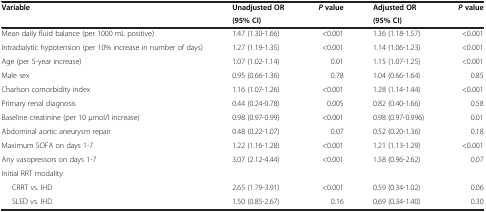
| <ROWSPAN=2> Variable | Unadjusted OR | <ROWSPAN=2> Pvalue | Adjusted OR | <ROWSPAN=2> Pvalue |
 | (95% CI) | (95% CI) |
 | --- | --- | --- | --- | --- |
 | Mean daily fluid balance (per 1000 mL positive) | 1.47 (1.30-1.66) | <0.001 | 1.36 (1.18-1.57) | <0.001 |
 | Intradialytic hypotension (per 10% increase in number of days) | 1.27 (1.19-1.35) | <0.001 | 1.14 (1.06-1.23) | <0.001 |
 | Age (per 5-year increase) | 1.07 (1.02-1.14) | 0.01 | 1.15 (1.07-1.25) | <0.001 |
 | Male sex | 0.95 (0.66-1.36) | 0.78 | 1.04 (0.66-1.64) | 0.85 |
 | Charlson comorbidity index | 1.16 (1.07-1.26) | <0.001 | 1.28 (1.14-1.44) | <0.001 |
 | Primary renal diagnosis | 0.44 (0.24-0.78) | 0.005 | 0.82 (0.40-1.66) | 0.58 |
 | Baseline creatinine (per 10 μmol/l increase) | 0.98 (0.97-0.99) | <0.001 | 0.98 (0.97-0.996) | 0.01 |
 | Abdominal aortic aneurysm repair | 0.48 (0.22-1.07) | 0.07 | 0.52 (0.20-1.36) | 0.18 |
 | Maximum SOFA on days 1-7 | 1.22 (1.16-1.28) | <0.001 | 1.21 (1.13-1.29) | <0.001 |
 | Any vasopressors on days 1-7 | 3.07 (2.12-4.44) | <0.001 | 1.58 (0.96-2.62) | 0.07 |
 | <COLSPAN=5> Initial RRT modality |
 | CRRT vs. IHD | 2.65 (1.79-3.91) | <0.001 | 0.59 (0.34-1.02) | 0.06 |
 | SLED vs. IHD | 1.50 (0.85-2.67) | 0.16 | 0.69 (0.34-1.40) | 0.30 |